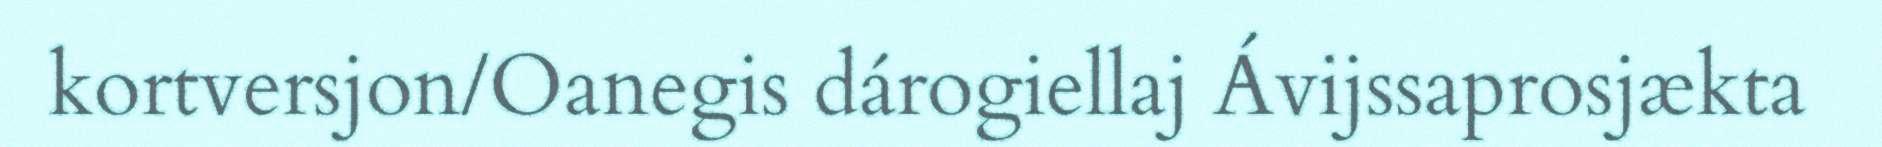
kortversjon/Oanegis dárogiellaj Ávijssaprosjækta